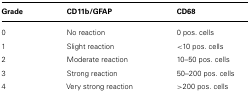
<table><thead><tr><td><b>Grade</b></td><td><b>CD11b/GFAP</b></td><td><b>CD68</b></td></tr></thead><tbody><tr><td>0</td><td>No reaction</td><td>0 pos. cells</td></tr><tr><td>1</td><td>Slight reaction</td><td>&lt;10 pos. cells</td></tr><tr><td>2</td><td>Moderate reaction</td><td>10–50 pos. cells</td></tr><tr><td>3</td><td>Strong reaction</td><td>50–200 pos. cells</td></tr><tr><td>4</td><td>Very strong reaction</td><td>&gt;200 pos. cells</td></tr></tbody></table>